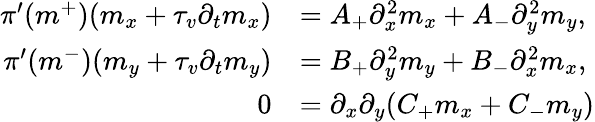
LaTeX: \begin{array}{rl}{\pi^{\prime}(m^{+})(m_{x}+\tau_{v}\partial_{t}m_{x})}&{=A_{+}\partial_{x}^{2}m_{x}+A_{-}\partial_{y}^{2}m_{y},}\\ {\pi^{\prime}(m^{-})(m_{y}+\tau_{v}\partial_{t}m_{y})}&{=B_{+}\partial_{y}^{2}m_{y}+B_{-}\partial_{x}^{2}m_{x},}\\ {0}&{=\partial_{x}\partial_{y}(C_{+}m_{x}+C_{-}m_{y})}\end{array}